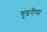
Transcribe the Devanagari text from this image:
गुंडरीपा